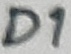
Text: D1